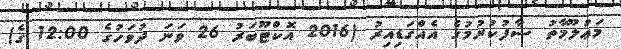
މަޢުލޫމާތު ސާފުކުރުމުގެ އެއްގަޑިއިރު (2016 އޮކްޓޫބަރު 26 ވަނަ ދުވަހުގެ 12:00 ގެ)